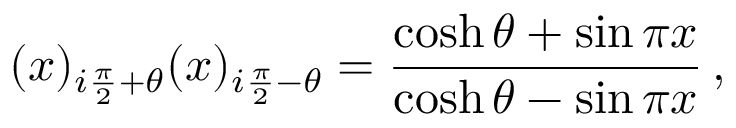
( x ) _ { i \frac { \pi } { 2 } + \theta } ( x ) _ { i \frac { \pi } { 2 } - \theta } = \frac { \cosh \theta + \sin \pi x } { \cosh \theta - \sin \pi x } \, ,